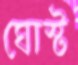
ঘোস্ট